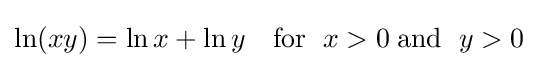
\ln(xy)=\ln x+\ln y\quad {\text{for }}\;x>0\;{\text{and }}\;y>0